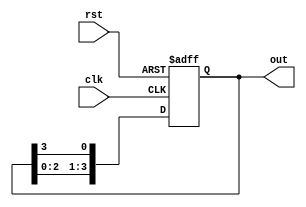
module ring_counter (
    input wire clk,          // Clock input
    input wire rst,          // Asynchronous reset
    output reg [3:0] out     // 4-bit output
);

// Initial state for the ring counter
initial begin
    out = 4'b0001;          // Initialize to 0001
end

// Always block triggered on the rising edge of the clock
always @(posedge clk or posedge rst) begin
    if (rst) begin
        out <= 4'b0001;      // Reset the counter to 0001
    end else begin
        // Shift the '1' to the left and wrap around
        out <= {out[2:0], out[3]}; // Move the '1' from MSB to LSB
    end
end

endmodule